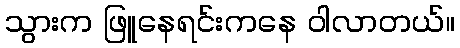
သွားက ဖြူနေရင်းကနေ ဝါလာတယ်။